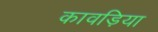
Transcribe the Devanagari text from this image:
कावड़िया